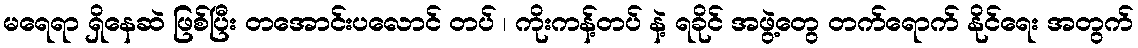
မရေရာ ရှိနေဆဲ ဖြစ်ပြီး တအောင်းပလောင် တပ် ၊ ကိုးကန့်တပ် နဲ့ ရခိုင် အဖွဲ့တွေ တက်ရောက် နိုင်ရေး အတွက်